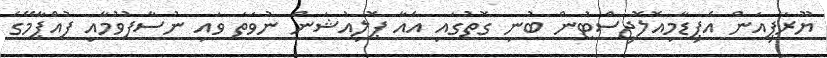
ޔޫރަޕިއަން އެޕިޑާމިއޮލޮޖިސްޓުން ބުނި ގޮތުގައި އެއާ ޕޮލިއުޝަން ނުވަތަ ވައި ނުސާފުވުމާއި ފުއްޕާމޭގެ